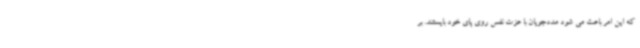
که این امر باعث می شود مددجویان با عزت نفس روی پای خود بایستند. بر